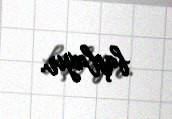
başlayır.